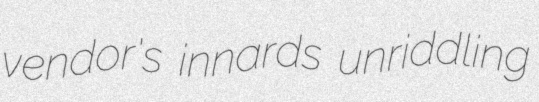
vendor's innards unriddling